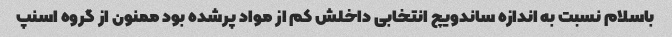
باسلام نسبت به اندازه ساندویچ انتخابی داخلش کم از مواد پرشده بود ممنون از گروه اسنپ